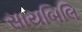
સાયબિલિ